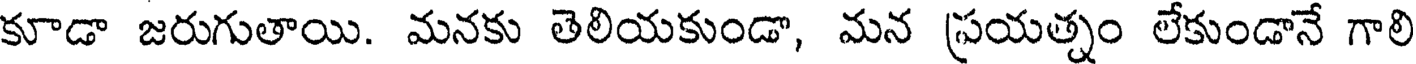
కూడా జరుగుతాయి. మనకు తెలియకుండా, మన ప్రయత్నం లేకుండానే గాలి